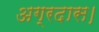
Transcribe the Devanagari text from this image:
अग्रदास।